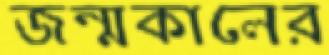
জন্মকালের